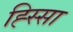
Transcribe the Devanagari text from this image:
ह्स्सिा